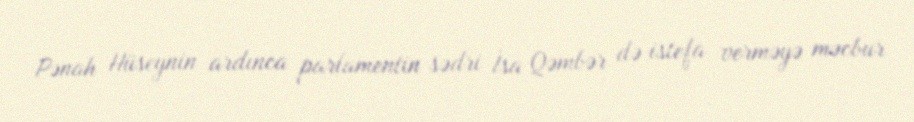
Pənah Hüseynin ardınca parlamentin sədri İsa Qəmbər də istefa verməyə məcbur